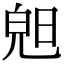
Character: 𣇙